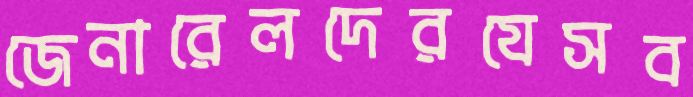
জেনারেলদেরযেসব